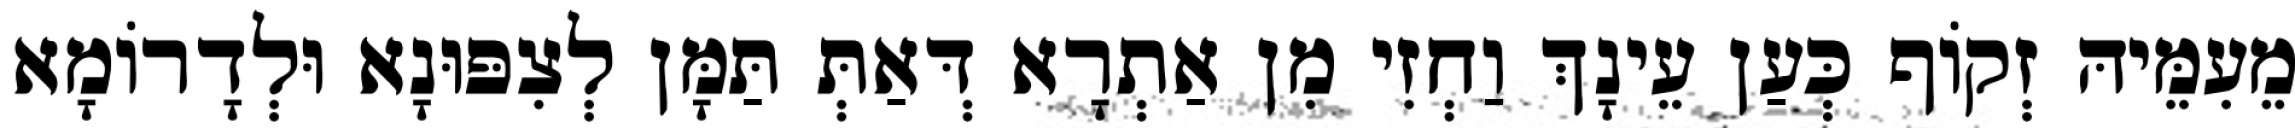
מֵעִמֵּיהּ זְקוֹף כְּעַן עֵינָךְ וַחְזִי מִן אַתְרָא דְּאַתְּ תַּמָּן לְצִפּוּנָא וּלְדָרוֹמָא